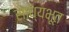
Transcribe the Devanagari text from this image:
साध्यभूत